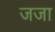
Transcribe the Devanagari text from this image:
जजा